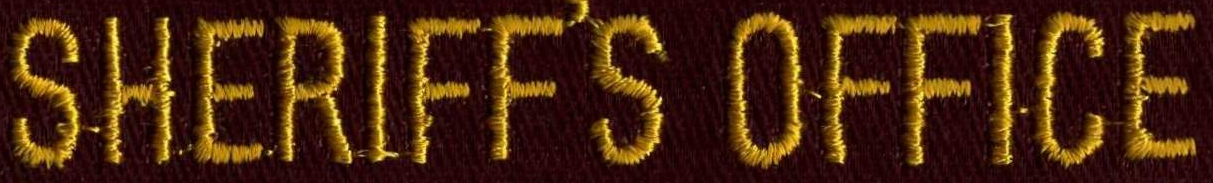
SHERIFF'S OFFICE